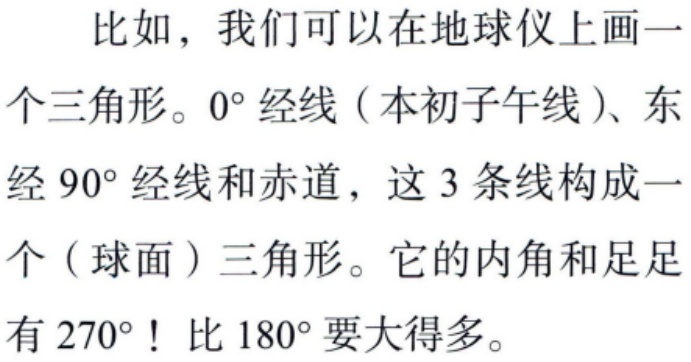
比如，我们可以在地球仪上画一个三角形。$0^{\circ}$经线（本初子午线）、东经$90^{\circ}$经线和赤道，这3条线构成一个（球面）三角形。它的内角和足足有$270^{\circ}$！比$180^{\circ}$要大得多。